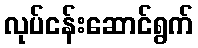
လုပ်ငန်းဆောင်ရွက်